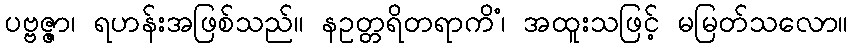
ပဗ္ဗဇ္ဇာ၊ ရဟန်းအဖြစ်သည်။ နဥတ္တရိတရာကိံ၊ အထူးသဖြင့် မမြတ်သလော။